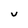
Character: U